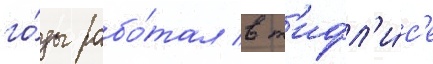
го́ды рабо́тал в т'ифл'и́с'е